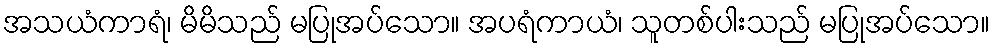
အသယံကာရံ၊ မိမိသည် မပြုအပ်သော။ အပရံကာယံ၊ သူတစ်ပါးသည် မပြုအပ်သော။